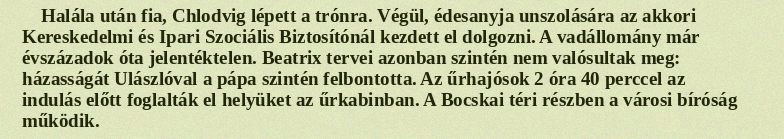
Halála után fia, Chlodvig lépett a trónra. Végül, édesanyja unszolására az akkori Kereskedelmi és Ipari Szociális Biztosítónál kezdett el dolgozni. A vadállomány már évszázadok óta jelentéktelen. Beatrix tervei azonban szintén nem valósultak meg: házasságát Ulászlóval a pápa szintén felbontotta. Az űrhajósok 2 óra 40 perccel az indulás előtt foglalták el helyüket az űrkabinban. A Bocskai téri részben a városi bíróság működik.